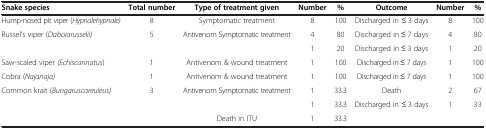
| Snake species | Total number | Type of treatment given | Number | % | Outcome | Number | % |
 | --- | --- | --- | --- | --- | --- | --- | --- |
 | Hump-nosed pit viper (Hypnalehypnale) | 8 | Symptomatic treatment | 8 | 100 | Discharged in ≤ 3 days | 8 | 100 |
 | <ROWSPAN=2> Russel’s viper (Daboiarusselii) | <ROWSPAN=2> 5 | <ROWSPAN=2> Antivenom Symptomatic treatment | 4 | 80 | Discharged in ≤ 7 days | 4 | 80 |
 | 1 | 20 | Discharged in ≤ 3 days | 1 | 20 |
 | Saw-scaled viper (Echiscarinatus) | 1 | Antivenom & wound treatment | 1 | 100 | Discharged in ≤ 7 days | 1 | 100 |
 | Cobra (Najanaja) | 1 | Antivenom & wound treatment | 1 | 100 | Discharged in ≤ 7 days | 1 | 100 |
 | <ROWSPAN=3> Common krait (Bungaruscareuleus) | <ROWSPAN=3> 3 | <ROWSPAN=2> Antivenom Symptomatic treatment | 1 | 33.3 | Death | 2 | 67 |
 | 1 | 33.3 | <ROWSPAN=2> Discharged in ≤ 3 days | <ROWSPAN=2> 1 | <ROWSPAN=2> 33 |
 | Death in ITU | 1 | 33.3 |